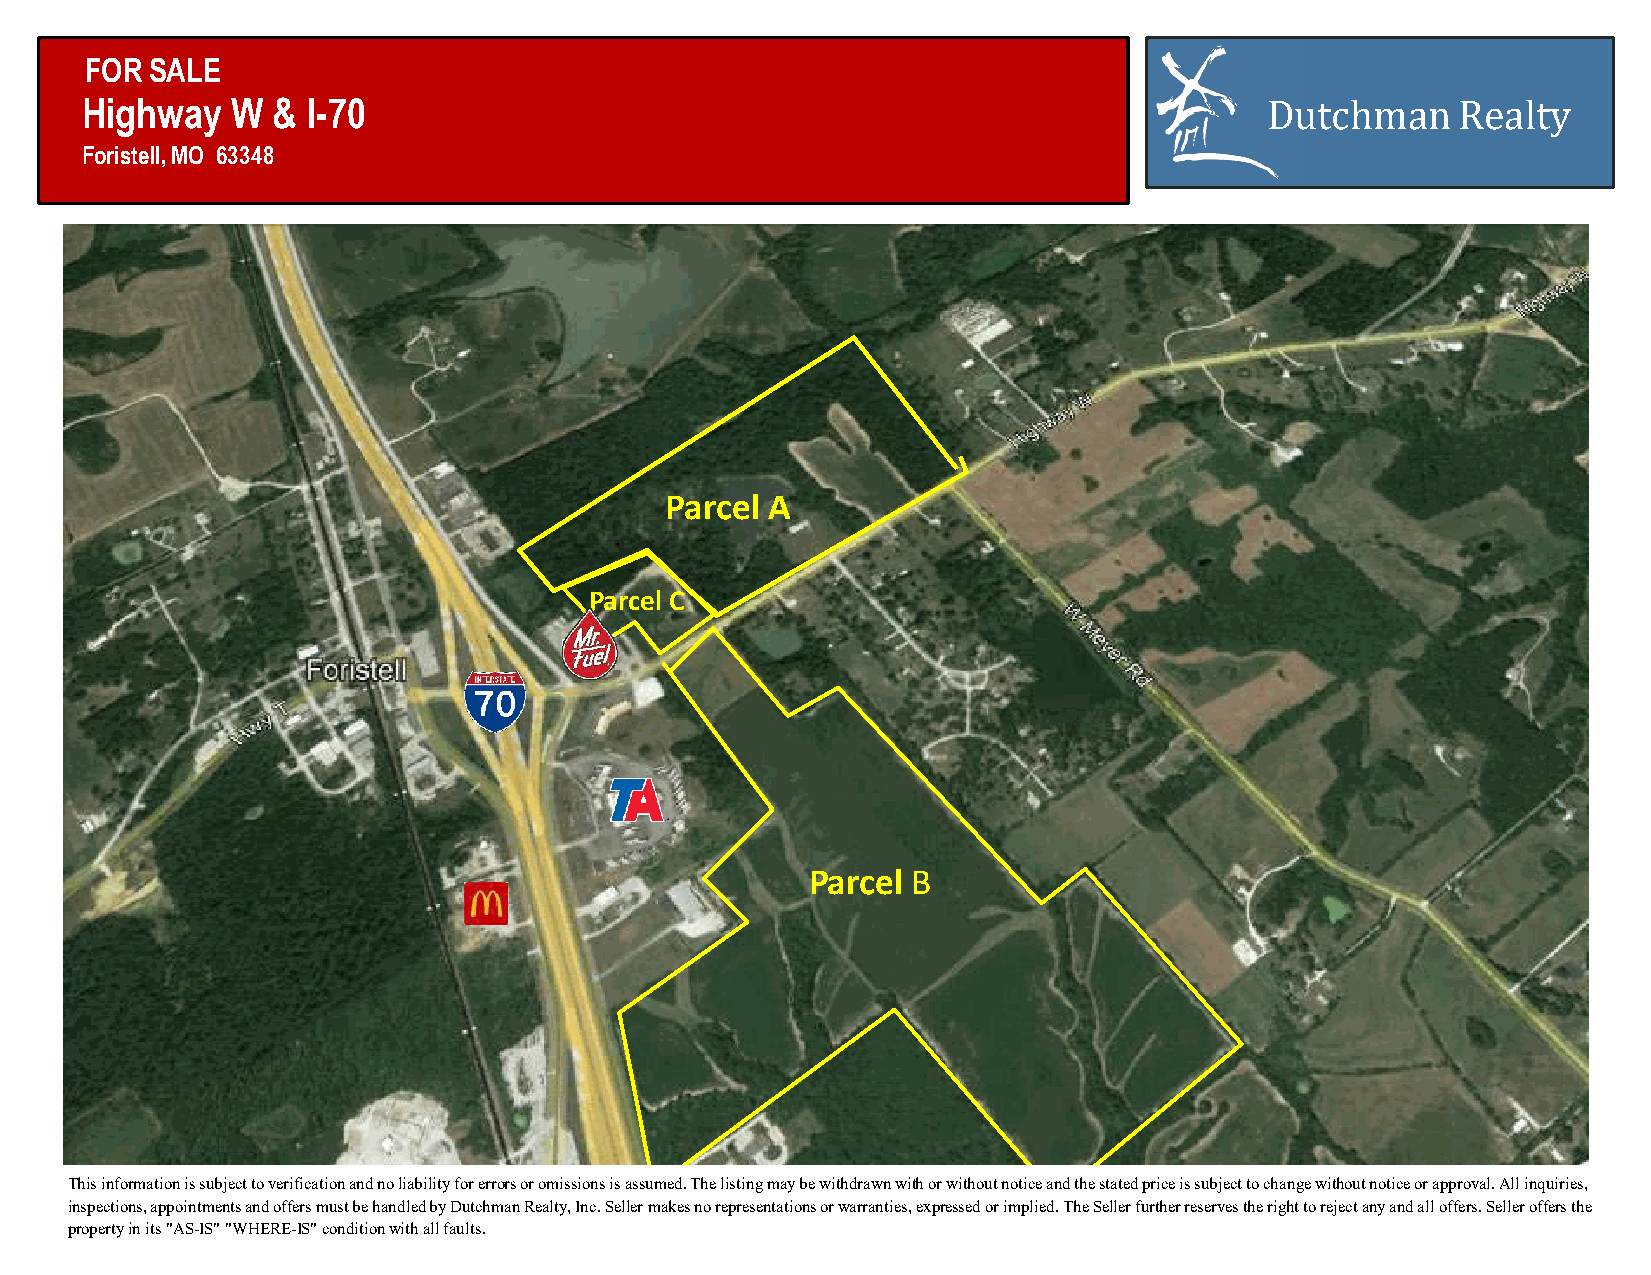
FOR SALE
 Highway   W  & I-70                                                            Dutchman    Realty
 Foristell, MO 63348
 Parcel A
 Parcel C
 Parcel B
 This information is subject to verification and no liability for errors or omissions is assumed. The listing may be withdrawnwith or without notice and the stated price is subject to change without notice or approval. All inquiries,
 inspections, appointments and offers must be handled by Dutchman Realty, Inc. Seller makes no representations or warranties, expressed or implied. The Seller further reserves the right to reject any and alloffers. Seller offers the
 property in its "AS-IS" "WHERE-IS" condition with all faults.